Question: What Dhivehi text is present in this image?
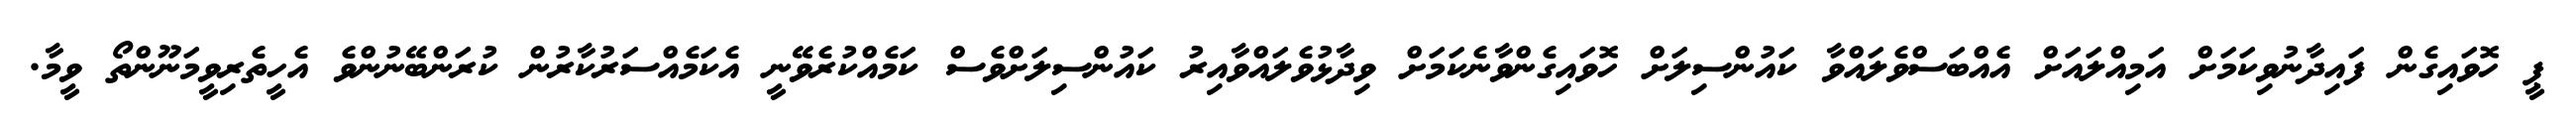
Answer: ޕީ ހޮވައިގެން ފައިދާނުވިކަމަށް އަމިއްލައަށް އެއްބަސްވެލައްވާ ކައުންސިލަށް ހޮވައިގެންވާނެކަމަށް ވިދާޅުވެލައްވާއިރު ކައުންސިލަށްވެސް ކަމެއްކުރެވޭނީ އެކަމެއްސަރުކާރުން ކުރަންބޭނުންވެ އެހީތެރިވީމަނޫންތޯ ވީމާ.